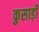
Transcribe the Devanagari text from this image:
कुसाड़ी